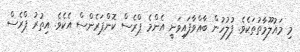
މި މައުލޫމާތުތަކެވެ. ފުލުހުން ބާއްވާފައިވަނީ އެންމެ ޕްރެސް ކޮންޕަރެންސް އެކެވެ. އިތުރު ޕްރެސް